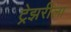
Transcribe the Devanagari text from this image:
ट्रेझरीला